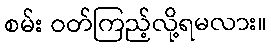
စမ်း ဝတ်ကြည့်လို့ရမလား။